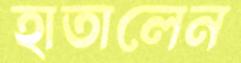
হাতালেন